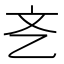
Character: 㐎